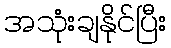
အသုံးချနိုင်ပြီး